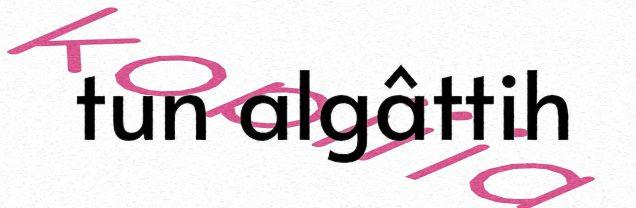
tun algâttih